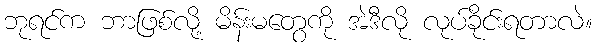
ဘုရင်က ဘာဖြစ်လို့ မိန်းမတွေကို အဲဒီလို လုပ်ခိုင်းရတာလဲ။